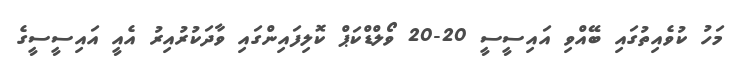
މަހު ކުވެއިތުގައި ބޭއްވި އައިސީސީ 20-20 ވޯލްޑްކަޕް ކޮލިފައިންގައި ވާދަކުރުއިރު އެއީ އައިސީސީގެ